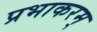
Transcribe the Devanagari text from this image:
प्रभाकरम्